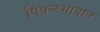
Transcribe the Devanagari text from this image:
पिंपळगावात